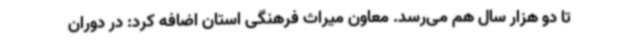
تا دو هزار سال هم می‌رسد. معاون میراث فرهنگی استان اضافه کرد: در دوران